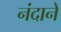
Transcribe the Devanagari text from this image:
नंदाने